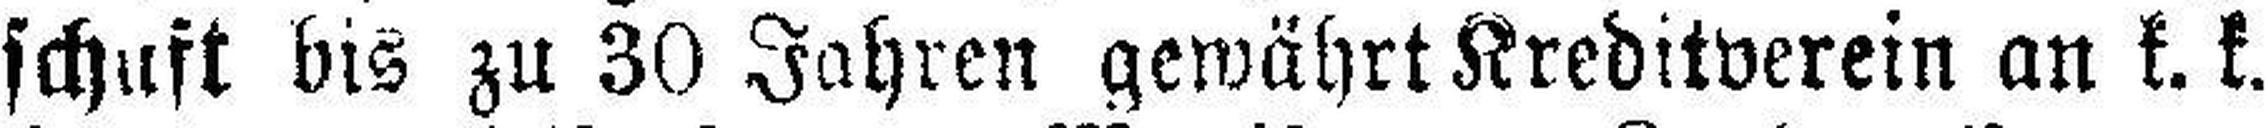
schaft bis zu 30 Jahren gewährt Kreditverein an k. k.